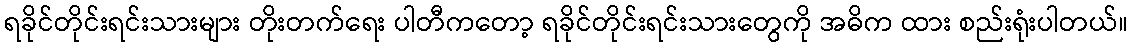
ရခိုင်တိုင်းရင်းသားများ တိုးတက်ရေး ပါတီကတော့ ရခိုင်တိုင်းရင်းသားတွေကို အဓိက ထား စည်းရုံးပါတယ်။